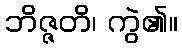
ဘိဇ္ဇတိ၊ ကွဲ၏။